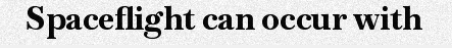
Spaceflight can occur with